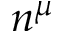
n ^ { \mu }